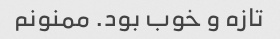
تازه و خوب بود. ممنونم